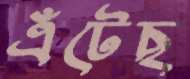
এঁটেছ